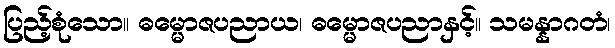
ပြည့်စုံသော။ ဓမ္မောဇပညာယ၊ ဓမ္မောဇပညာနှင့်။ သမန္နာဂတံ၊